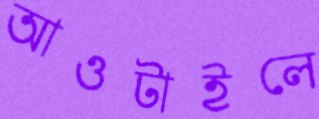
আওটাইলে